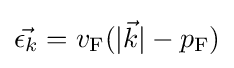
{\textstyle {\vec {\epsilon _{k}}}=v_{\mathrm {F} }(|{\vec {k}}|-p_{\mathrm {F} })}